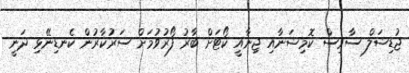
ޖުޑިޝަލް ސާވިސް ކޮމިޝަނާއި ޖިނާއީ ކޯޓަށް ބާރު ފޯރުވުމަށް ސަރުކާރުން ކެނޑިނޭޅި ދަނީ